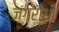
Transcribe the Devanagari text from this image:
ज़ंगरोधी